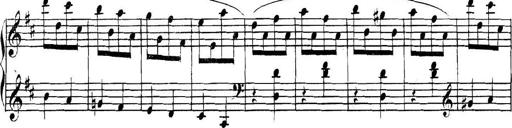
Title: Collected Piano Sonatas
Composer: Muzio Clementi